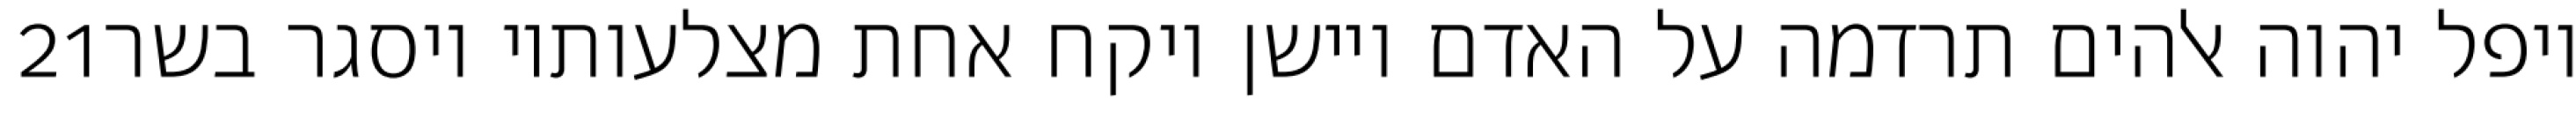
‎21‏ ויפל יהוה אלהים תרדמה על האדם ויישן ויקח אחת מצלעותיו ויסגר בשר